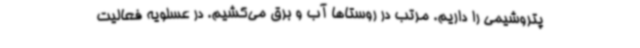
پتروشیمی را داریم. مرتب در روستاها آب و برق می‌کشیم. در عسلویه فعالیت